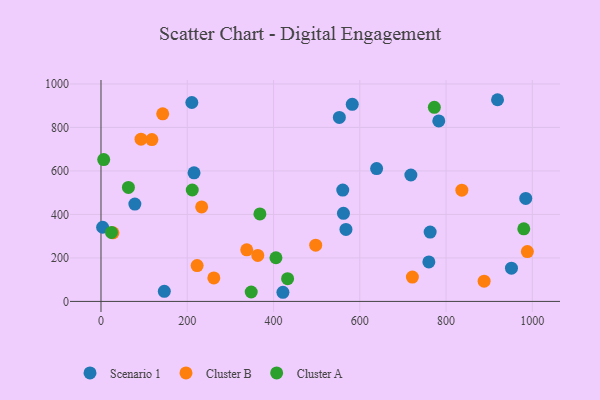
{"axis": {"x": "Engine Size", "y": "Profit"}, "legend": ["Cluster A", "Cluster B", "Scenario 1"], "data": [{"x": "421.8", "y": 42.0, "type": "Scenario 1"}, {"x": "146.8", "y": 46.5, "type": "Scenario 1"}, {"x": "567.9", "y": 330.9, "type": "Scenario 1"}, {"x": "560.5", "y": 512.0, "type": "Scenario 1"}, {"x": "582.5", "y": 906.2, "type": "Scenario 1"}, {"x": "78.5", "y": 447.5, "type": "Scenario 1"}, {"x": "984.7", "y": 473.6, "type": "Scenario 1"}, {"x": "951.6", "y": 152.9, "type": "Scenario 1"}, {"x": "783.1", "y": 829.8, "type": "Scenario 1"}, {"x": "639.0", "y": 610.7, "type": "Scenario 1"}, {"x": "215.7", "y": 591.1, "type": "Scenario 1"}, {"x": "552.6", "y": 846.0, "type": "Scenario 1"}, {"x": "210.6", "y": 914.7, "type": "Scenario 1"}, {"x": "760.1", "y": 181.8, "type": "Scenario 1"}, {"x": "718.4", "y": 581.3, "type": "Scenario 1"}, {"x": "562.1", "y": 405.3, "type": "Scenario 1"}, {"x": "919.3", "y": 927.5, "type": "Scenario 1"}, {"x": "763.1", "y": 318.9, "type": "Scenario 1"}, {"x": "3.8", "y": 341.0, "type": "Scenario 1"}, {"x": "261.6", "y": 107.8, "type": "Cluster B"}, {"x": "233.4", "y": 434.6, "type": "Cluster B"}, {"x": "337.9", "y": 237.4, "type": "Cluster B"}, {"x": "222.9", "y": 164.8, "type": "Cluster B"}, {"x": "118.0", "y": 744.2, "type": "Cluster B"}, {"x": "92.8", "y": 746.0, "type": "Cluster B"}, {"x": "27.7", "y": 315.3, "type": "Cluster B"}, {"x": "888.2", "y": 93.0, "type": "Cluster B"}, {"x": "721.9", "y": 112.1, "type": "Cluster B"}, {"x": "143.1", "y": 862.6, "type": "Cluster B"}, {"x": "497.8", "y": 258.7, "type": "Cluster B"}, {"x": "363.5", "y": 211.3, "type": "Cluster B"}, {"x": "988.5", "y": 229.2, "type": "Cluster B"}, {"x": "836.6", "y": 511.5, "type": "Cluster B"}, {"x": "211.6", "y": 512.3, "type": "Cluster A"}, {"x": "980.2", "y": 333.9, "type": "Cluster A"}, {"x": "405.6", "y": 200.8, "type": "Cluster A"}, {"x": "368.4", "y": 402.2, "type": "Cluster A"}, {"x": "772.8", "y": 892.7, "type": "Cluster A"}, {"x": "24.3", "y": 317.1, "type": "Cluster A"}, {"x": "432.6", "y": 104.5, "type": "Cluster A"}, {"x": "6.3", "y": 652.1, "type": "Cluster A"}, {"x": "63.6", "y": 524.3, "type": "Cluster A"}, {"x": "348.3", "y": 43.3, "type": "Cluster A"}]}